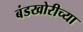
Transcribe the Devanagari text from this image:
बंडखोरीच्या